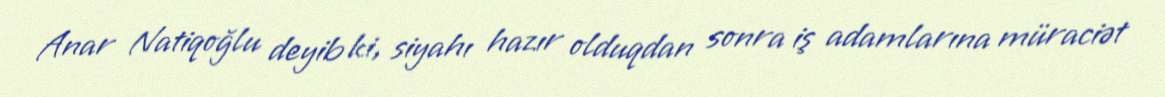
Anar Natiqoğlu deyib ki, siyahı hazır olduqdan sonra iş adamlarına müraciət